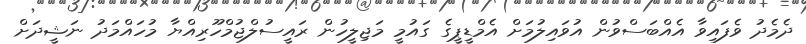
ދެމެދު ވެފައިވާ އެއްބަސްވުން އުވައިލުމަށް އެމްޑީޕީގެ ގައުމީ މަޖިލީހުން ރައީސުލްޖުމްހޫރިއްޔާ މުހައްމަދު ނަޝީދަށް